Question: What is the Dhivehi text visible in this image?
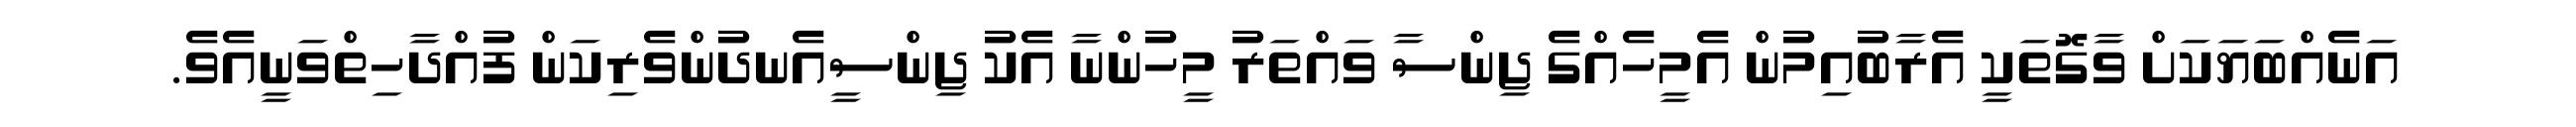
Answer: އަނެއްބަޔަކަށް ވާގޮތަކީ އެރާބުއިމުން އެމީހެއްގެ ޖިންސާ ވައްތަރު މީހުންނާ އެކު ޖިންސީއެނދުންވެރިކަން ފުއްދާހިތްވަނީއެވެ.